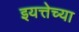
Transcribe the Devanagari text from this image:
इयत्तेच्या